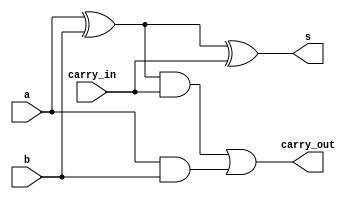
`timescale 1ns / 1ps
//////////////////////////////////////////////////////////////////////////////////
// Company: 
// Engineer: 
// 
// Design Name: 
// Module Name: full_adder
// Project Name: 
// Target Devices: 
// Tool Versions: 
// Description: 
// 
// Dependencies: 
// 
// Revision:
// Revision 0.01 - File Created
// Additional Comments:
// 
//////////////////////////////////////////////////////////////////////////////////


module full_adder (
   
   input  a , b, carry_in,
   output s , carry_out

    );
    
    wire w1,w2,w3;
    
    assign w1 = a^b; 
    
    assign s = w1 ^ carry_in; 
    
    assign w2 = w1 & carry_in; 
    assign w3 = a & b; 
    
    assign carry_out = w2 | w3  ; 
    
    
endmodule